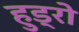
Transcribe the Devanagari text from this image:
हुड्रो